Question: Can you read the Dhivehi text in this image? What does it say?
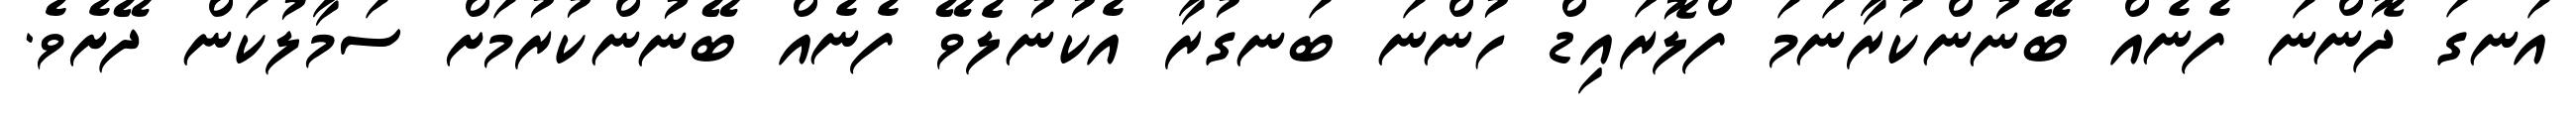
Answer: އަނގަ ދޮންނަ ފެނެއް ބޭނުންކުރާނަމަ ފްލޮރައިޑް ހުންނަ ބަނގުރާ އެކުނުލެވޭ ފެނެއް ބޭނުންކުރުމަށް ސަމާލުކަން ދޭށެވެ.